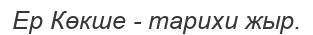
Ер Көкше - тарихи жыр.